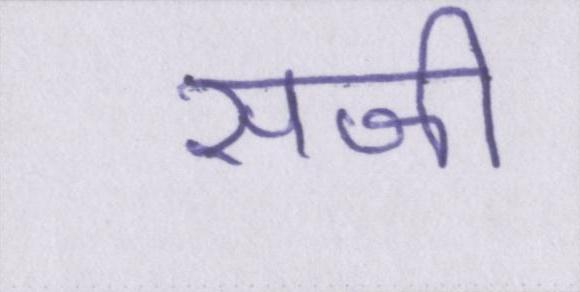
सजी